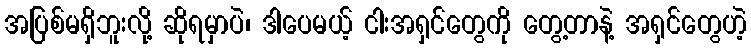
အပြစ်မရှိဘူးလို့ ဆိုရမှာပဲ၊ ဒါပေမယ့် ငါးအရှင်တွေကို တွေ့တာနဲ့ အရှင်တွေဟဲ့